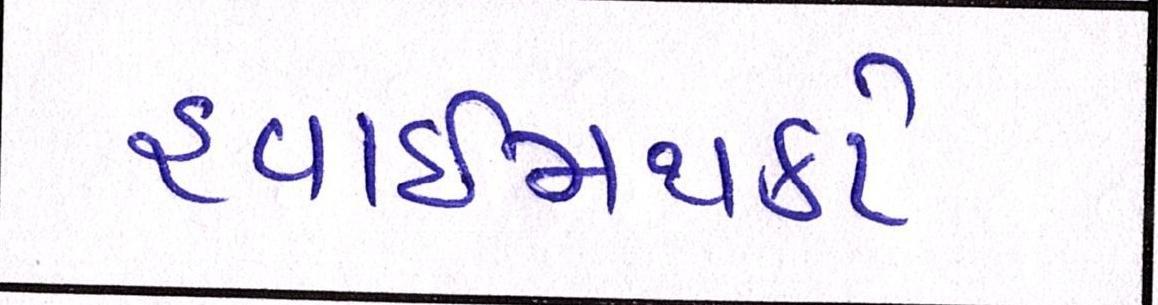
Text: હવાઈમથકો